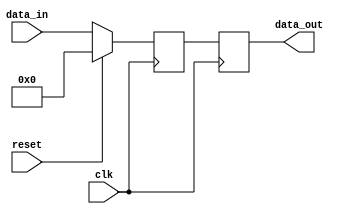
module timing_control_sync (
  input wire clk,
  input wire reset,
  input wire [7:0] data_in,
  output reg [7:0] data_out
);

// Define clock domain
reg [7:0] data_buffer;

// Clock domain crossing
always @(posedge clk) begin
  if (reset) begin
    data_buffer <= 8'b0;
  end else begin
    data_buffer <= data_in;
  end
end

// Synchronization logic
always @(posedge clk) begin
  data_out <= data_buffer;
end

endmodule